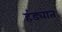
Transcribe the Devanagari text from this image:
हंड्यात